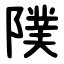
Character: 䧤